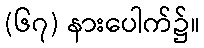
(၆၇) နားပေါက်၌။